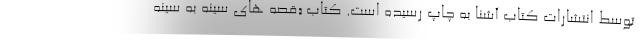
توسط انتشارات کتاب آشنا به چاپ رسیده است. کتاب «قصه های سینه به سینه